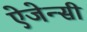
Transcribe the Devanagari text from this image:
ऐजेन्‍सी